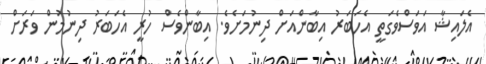
އެލައިޝާ އަވަސްވެގަތީ އެހަބަރު އިބާންއަށް ދިނުމަށެވެ. އިބާންވެސް ހުރީ އެހަބަރު ދިނުމުން ވަރަށް